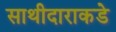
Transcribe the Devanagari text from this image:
साथीदाराकडे